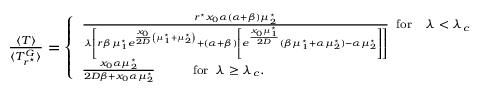
\begin{array} { r } { \footnotesize \frac { \langle T \rangle } { \langle T _ { r ^ { \star } } ^ { G } \rangle } = \left\{ \begin{array} { l l } { \frac { r ^ { \star } x _ { 0 } \alpha ( \alpha + \beta ) \mu _ { 2 } ^ { \star } } { \lambda \left[ r \beta \mu _ { 1 } ^ { \star } e ^ { \frac { x _ { 0 } } { 2 D } \left( \mu _ { 1 } ^ { \star } + \mu _ { 2 } ^ { \star } \right) } + \left( \alpha + \beta \right) \left[ e ^ { \frac { x _ { 0 } \mu _ { 1 } ^ { \star } } { 2 D } } { ( \beta \mu _ { 1 } ^ { \star } + \alpha \mu _ { 2 } ^ { \star } ) - \alpha \mu _ { 2 } ^ { \star } } \right] \right] } \; \; \mathrm { f o r } \; \; \; \; \lambda < \lambda _ { c } } \\ { \frac { x _ { 0 } \alpha \mu _ { 2 } ^ { \star } } { 2 D \beta + x _ { 0 } \alpha \mu _ { 2 } ^ { \star } } \; \; \; \; \; \; \; \; \; \; \; \mathrm { f o r } \; \; \lambda \geq \lambda _ { c } . } \end{array} \right. } \end{array}